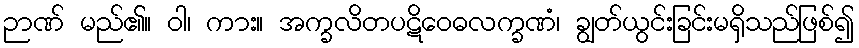
ဉာဏ် မည်၏။ ဝါ၊ ကား။ အက္ခလိတပဋိဝေဓလက္ခဏံ၊ ချွတ်ယွင်းခြင်းမရှိသည်ဖြစ်၍